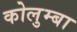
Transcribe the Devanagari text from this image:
कोलुम्बा